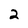
Character: 2